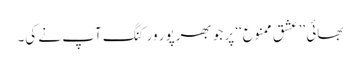
بھائی ’’عشق ممنوع‘‘ پر جو بھرپور ورکنگ آپ نے کی۔